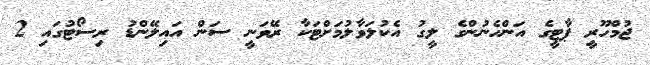
ޖުމްހޫރީ ޕާޓީގެ އަންހެނުންގެ ލީގު އެކުލަވާލުމަށްޓަކާ ރޭވަނީ ސަން އައިލޭންޑު ރިސޯޓުގައި 2